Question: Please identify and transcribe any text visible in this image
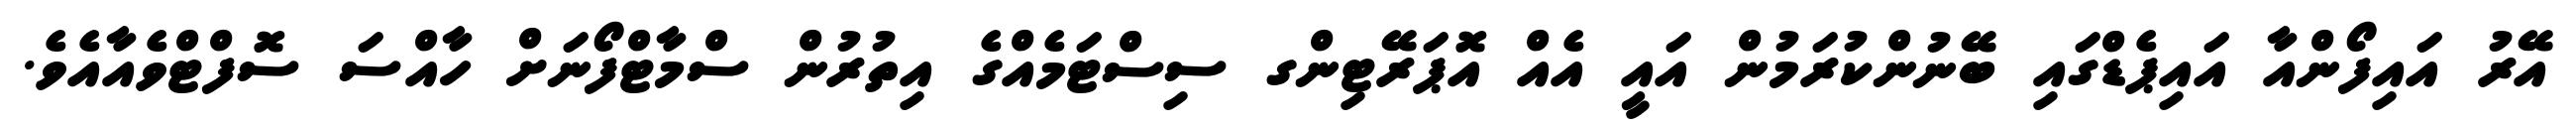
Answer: އޭރު އައިފޯންއާ އައިޕެޑްގައި ބޭނުންކުރަމުން އައީ އެއް އޮޕަރޭޓިންގ ސިސްޓަމެއްގެ އިތުރުން ސްމާޓްފޯނަށް ހާއްސަ ސޮފްޓްވެއާއެވެ.